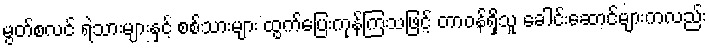
မွတ်စလင် ရဲသားများနှင့် စစ်သားများ ထွက်ပြေးကုန်ကြသဖြင့် တာဝန်ရှိသူ ခေါင်းဆောင်များကလည်း